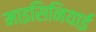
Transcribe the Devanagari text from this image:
माइसिनियाई